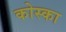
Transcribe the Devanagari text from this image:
कोस्का